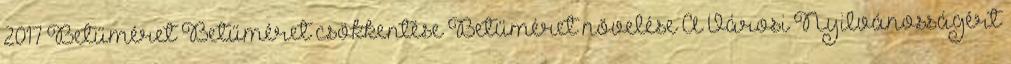
2017 Betűméret Betűméret csökkentése Betűméret növelése A Városi Nyilvánosságért